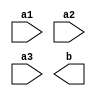
module Group3_Lab3(a1,a2,a3,b);
input a1,a2,a3;
output b;

endmodule